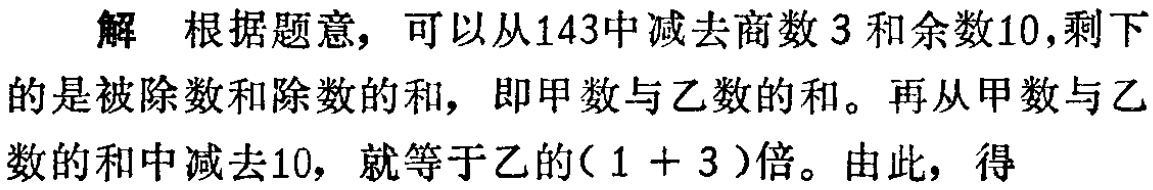
解 根据题意，可以从143中减去商数3和余数10,剩下的是被除数和除数的和，即甲数与乙数的和。再从甲数与乙数的和中减去10，就等于乙的( \(1 + 3\) )倍。由此，得